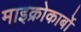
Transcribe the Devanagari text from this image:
माइक्रोकार्बो